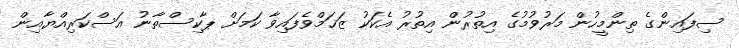
ސިފައިންގެ ތިންމީހުން މަރުވުމުގެ އިތުރުން އިތުރު އެކަކު ޒަޚަމްވެފައިވާ ކަމަށް ޕާކިސްތާނު އަސްކަރިއްޔާއިން